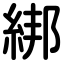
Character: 綁